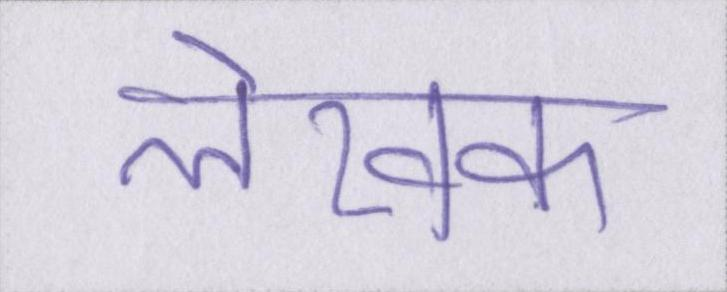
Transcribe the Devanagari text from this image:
लेखक